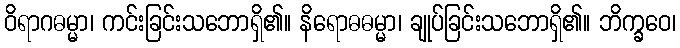
ဝိရာဂဓမ္မာ၊ ကင်းခြင်းသဘောရှိ၏။ နိရောဓဓမ္မာ၊ ချုပ်ခြင်းသဘောရှိ၏။ ဘိက္ခဝေ၊